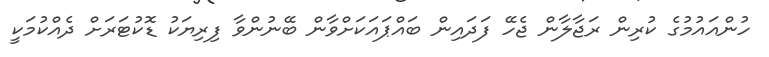
ހުންއައުމުގެ ކުރިން ރަޖާލާން ޖެހޭ ފަދައިން ބައްޕައަކަށްވާން ބޭނުންވާ ފިރިޔަކު ޑޮކުޓަރަށް ދެއްކުމަކީ